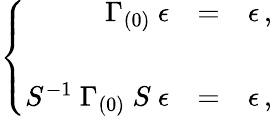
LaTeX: \left\{ \begin{array}{rcl}{{\Gamma_{(0)}\ \epsilon}}&{{=}}&{{\epsilon\, ,}}\\ {{}}&{{}}&{{}}\\ {{S^{-1}\ \Gamma_{(0)}\ S\ \epsilon}}&{{=}}&{{\epsilon\, ,}}\end{array}\right.